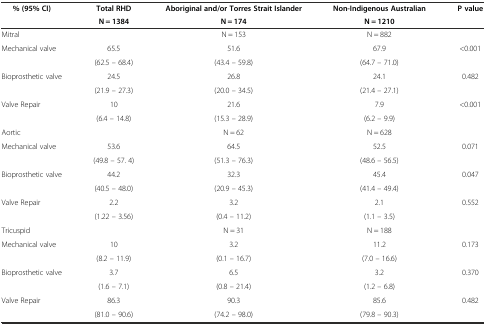
| <ROWSPAN=2> % (95% CI) | Total RHD | Aboriginal and/or Torres Strait Islander | Non-Indigenous Australian | <ROWSPAN=2> P value |
 | N = 1384 | N = 174 | N = 1210 |
 | --- | --- | --- | --- | --- |
 | Mitral |  | N = 153 | N = 882 |  |
 | <ROWSPAN=2> Mechanical valve | 65.5 | 51.6 | 67.9 | <ROWSPAN=2> <0.001 |
 | (62.5 – 68.4) | (43.4 – 59.8) | (64.7 – 71.0) |
 | <ROWSPAN=2> Bioprosthetic valve | 24.5 | 26.8 | 24.1 | <ROWSPAN=2> 0.482 |
 | (21.9 – 27.3) | (20.0 – 34.5) | (21.4 – 27.1) |
 | <ROWSPAN=2> Valve Repair | 10 | 21.6 | 7.9 | <ROWSPAN=2> <0.001 |
 | (6.4 – 14.8) | (15.3 – 28.9) | (6.2 – 9.9) |
 | Aortic |  | N = 62 | N = 628 |  |
 | <ROWSPAN=2> Mechanical valve | 53.6 | 64.5 | 52.5 | <ROWSPAN=2> 0.071 |
 | (49.8 – 57. 4) | (51.3 – 76.3) | (48.6 – 56.5) |
 | <ROWSPAN=2> Bioprosthetic valve | 44.2 | 32.3 | 45.4 | <ROWSPAN=2> 0.047 |
 | (40.5 – 48.0) | (20.9 – 45.3) | (41.4 – 49.4) |
 | <ROWSPAN=2> Valve Repair | 2.2 | 3.2 | 2.1 | <ROWSPAN=2> 0.552 |
 | (1.22 – 3.56) | (0.4 – 11.2) | (1.1 – 3.5) |
 | Tricuspid |  | N = 31 | N = 188 |  |
 | <ROWSPAN=2> Mechanical valve | 10 | 3.2 | 11.2 | <ROWSPAN=2> 0.173 |
 | (8.2 – 11.9) | (0.1 – 16.7) | (7.0 – 16.6) |
 | <ROWSPAN=2> Bioprosthetic valve | 3.7 | 6.5 | 3.2 | <ROWSPAN=2> 0.370 |
 | (1.6 – 7.1) | (0.8 – 21.4) | (1.2 – 6.8) |
 | <ROWSPAN=2> Valve Repair | 86.3 | 90.3 | 85.6 | <ROWSPAN=2> 0.482 |
 | (81.0 – 90.6) | (74.2 – 98.0) | (79.8 – 90.3) |